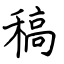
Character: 稿